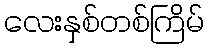
လေးနှစ်တစ်ကြိမ်